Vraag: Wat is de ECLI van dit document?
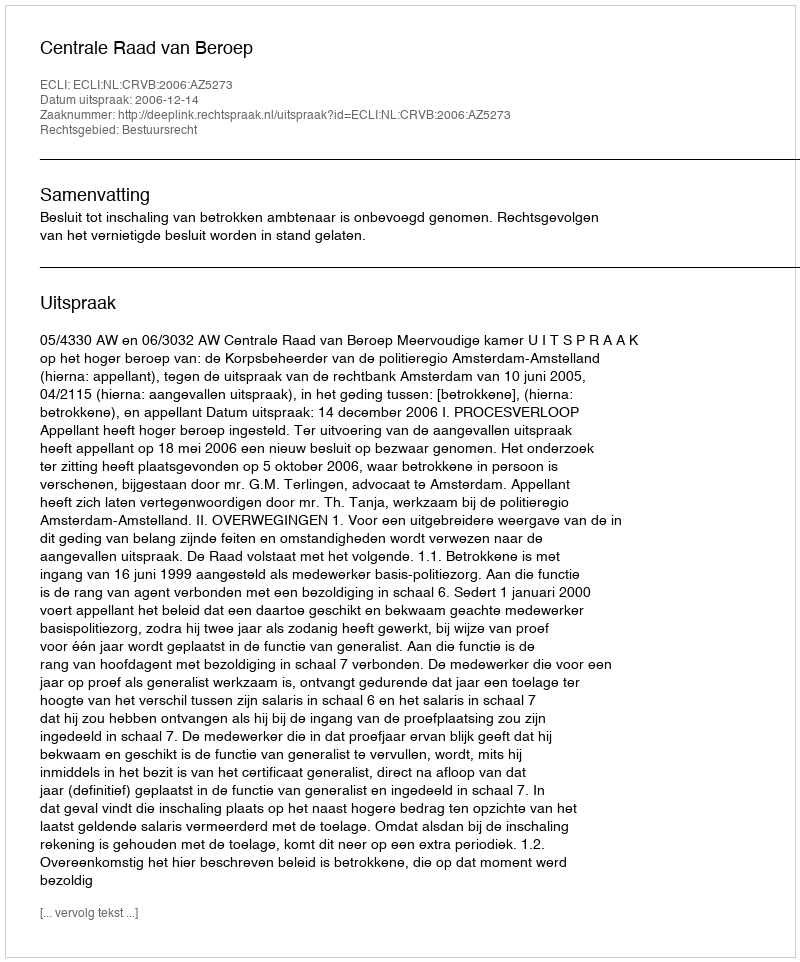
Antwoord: ECLI:NL:CRVB:2006:AZ5273